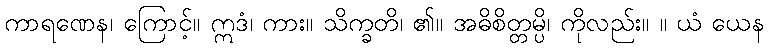
ကာရဏေန၊ ကြောင့်။ ဣဒံ၊ ကား။ သိက္ခတိ၊ ၏။ အဓိစိတ္တမ္ပိ၊ ကိုလည်း။ ။ ယံ ယေန